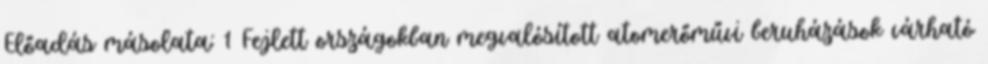
Előadás másolata: 1 Fejlett országokban megvalósított atomerőművi beruházások várható